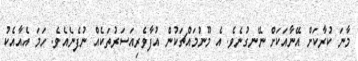
މާނަ ކުރާކަށް އޭނާއަކަށް ނޭނގުނެވެ. އެ މޫނުމައްޗަކުން އުފާވެރިއަސަރުތަކެއް ނުފެނެއެވެ. ހަމަ އެއާއެކު